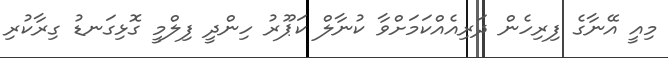
މިއީ އޭނާގެ ފިރިހެން ދަރިއެއްކަމަށްވާ ކުނާލް ކަޕޫރު ހިންދީ ފިލްމީ ގޮޅިގަނޑު ގިރާކުރި